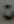
ت